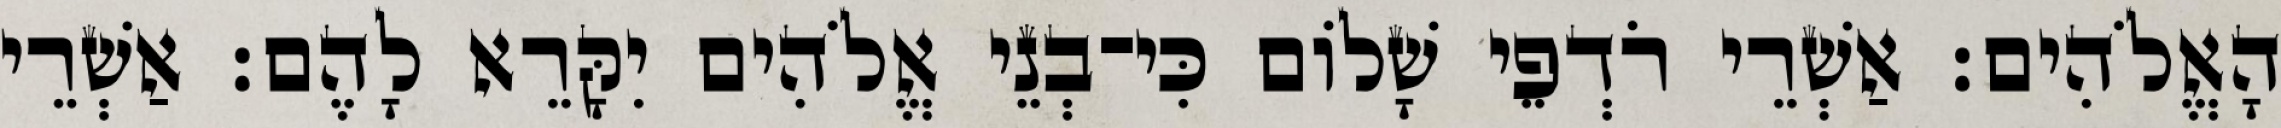
הָאֱלֹהִים׃ אַשְׁרֵי רֹדְפֵי שָׁלוֹם כִּי־בְנֵי אֱלֹהִים יִקָּרֵא לָהֶם׃ אַשְׁרֵי